Civil Veterinary Dept. Assam report 1911-1927 - 1911-1927
Year: 1911
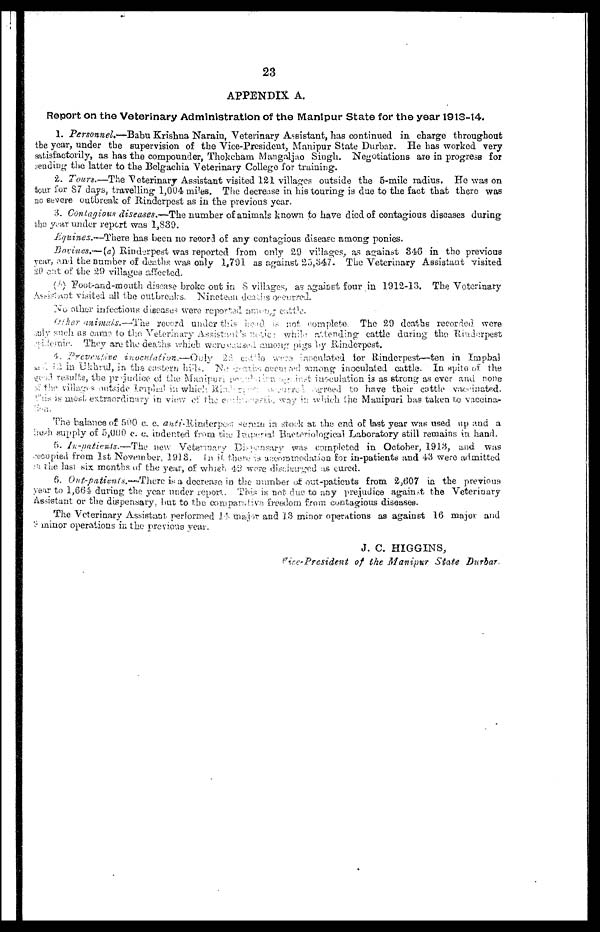
23
APPENDIX A.
Report on the Veterinary Administration of the Manipur State for the year 1913-14.
1. Personnel*—Babu Krishna Narain, Veterinary Assistant, has continued in charge throughout
the year, under the supervision of the Vice-President, Manipur State Durbar. He has worked very
satisfactorily, as has the compounder, Thokeham Mangaljao Singh. Negotiations are in progress for
.reading the latter to the Belgaehia Veterinary College for training.
2. Tours.—The Veterinary Assistant visited 121 villages outside the 5-mile radius. He was on
tour for 87 days, travelling 1,004 miles. The decrease in his touring is clue to the fact that there was
no severe outbreak of Rinderpest as in the previous year.
3. Contagious diseases,—The number of animals known to have died of contagious diseases during
the year under report was 1,839.
Equities.—There
has been no record of any contagious disease among ponies.
Bovines,—(a) Rinderpest was reported from only 29 villages, as against 348 in the previous
year, and the number of deaths was only 1,791 as against 25,347. The Veterinary Assistant visited
20 out of the 29 villages affected-
(b) Foot-and-mouth disease broke out in 8 villages, as against four in 1912-13. The Veterinary
assistant visited all the outbreaks. Nineteen deaths occurred.
other infectious diseases were reported among cattle.
Other animals.—'The
record under this
IS
not complete. The 29 deaths recorded, were
such as came to the. Veterinary Assistant's
WHILE
attending cattle during the Rinderpest
They are the deaths which were caused among pigs by Rinderpest.
4. Preventive
inoculation.—Duly
22
cattle
were
inoculated tor Rinderpest—ten in Impbal
in Ukhrud, in the eastern hills. No gains occurred among inoculated cattle. In spite of the
In spite of the prejudice of the Manipuri population against inoculation is as strong as ever and none
the villagers outside Impled in which
Rink
occured
to have their cattle vaccinated.
;
'
;most
extraordinary in view of the c
way in which the Manipuri has taken to vacema-
T'he balance of 500 c. c. anti-Rinderpest;- serum in stock at the end of last year was used up and a
iio.di supply of 5,000 c. c indented from the Imperial Bacteriological Laboratory still remains in hand.
5. In-pntiev4s.—The
new Veterinary Dispensary was completed in October, 1913, and was
occupied from 1st November, 1918. In if there is accommodation for in-patients and 43 were admitted
. the last six months of the year, of which 42 were discharged as cured.
6. OHt-paiients.-These is a decrease in the number of out-patients from 2,607 in the previous
year to 1,664 during the year under report. This is not due to any prejudice against the Veterinary
assistant or the dispensary, but to the com panrative freedom from contagious diseases.
The Veterinary Assistant, performed 14 major and 13 minor operations as against 16 major and
minor operations in the previous year.
J. C. HIGGINS,
Vice-President
of the Manipur
State
Durbar.